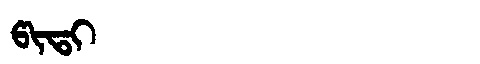
Manchu: ᡦᡳᡨᡳ
Romanization: PITI